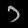
Digit: ၁